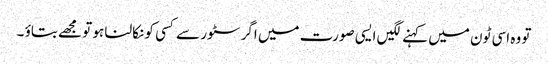
تو وہ اسی ٹون میں کہنے لگیں ایسی صورت میں اگر سٹور سے کسی کو نکالنا ہو تو مجھے بتاؤ ۔